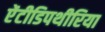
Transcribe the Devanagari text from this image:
ऐंटीडिपथीरिया